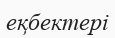
еқбектері